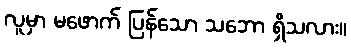
လူမှာ မဖောက် ပြန်သော သဘော ရှိသလား။